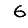
Digit: 6